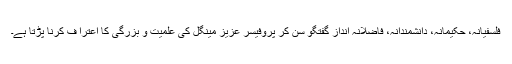
فلسفیانہ، حکیمانہ، دانشمندانہ، فاضلانہ اندازِ گفتگو سُن کر پروفیسر عزیز مینگل کی علمیت و بُزرگی کا اعترا ف کرنا پڑتا ہے۔